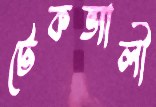
টেকভ্যালী